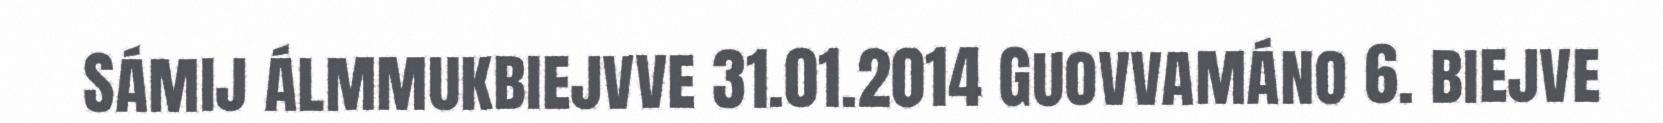
Sámij álmmukbiejvve 31.01.2014 Guovvamáno 6. biejve